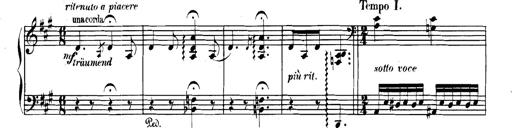
Title: Spinnerlied aus dem Fliegenden HollÃ¤nder
Composer: Franz Liszt